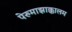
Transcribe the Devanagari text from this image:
पेरुमाझाक्कालम